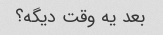
بعد یه وقت دیگه؟